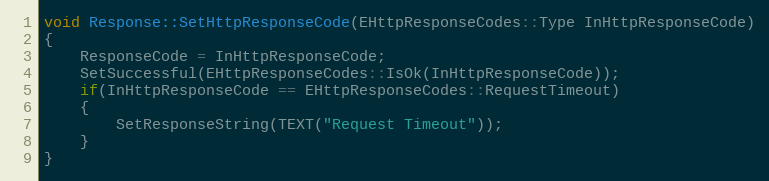
Language: C++
void Response::SetHttpResponseCode(EHttpResponseCodes::Type InHttpResponseCode)
{
    ResponseCode = InHttpResponseCode;
    SetSuccessful(EHttpResponseCodes::IsOk(InHttpResponseCode));
    if(InHttpResponseCode == EHttpResponseCodes::RequestTimeout)
    {
        SetResponseString(TEXT("Request Timeout"));
    }
}